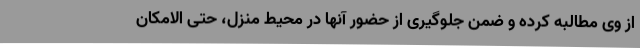
از وی مطالبه کرده و ضمن جلوگیری از حضور آنها در محیط منزل، حتی الامکان